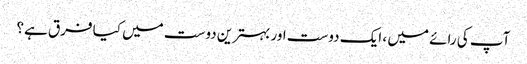
آپ کی رائے میں ، ایک دوست اور بہترین دوست میں کیا فرق ہے؟